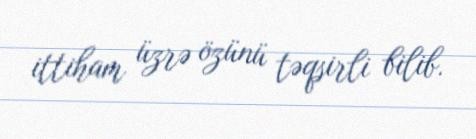
ittiham üzrə özünü təqsirli bilib.